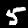
Label: 5